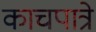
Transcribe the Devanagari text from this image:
काचपात्रे